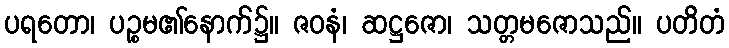
ပရတော၊ ပဉ္စမ၏နောက်၌။ ဇဝနံ၊ ဆဋ္ဌဇော၊ သတ္တမဇောသည်။ ပတိတံ